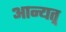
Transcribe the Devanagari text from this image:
आन्यत्र्